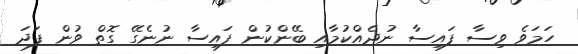
ހަމަވެ ވިސާ ފައިސާ ނުދެއްކުމާއި ބޭންކުން ފައިސާ ނުނެގޭ ގޮތް ވުން ފަދަ